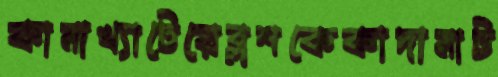
কামাখ্যাটেরেব্লশকেকাদামাট